Leaving Certificate Examination, 1916
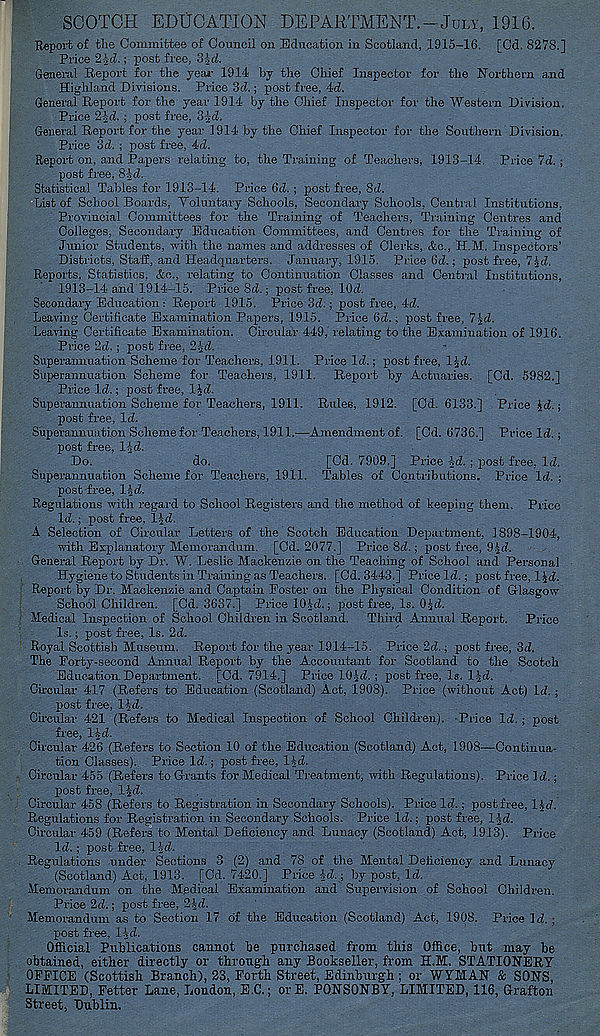
SCOTCH EDUCATION DEPARTMENT.-July, 1916.
Report of the Committee of Council on Education in Scotland, 1915-16. [Cd. 8278.]
Price 2i|d.; post free, Srl-d.
General Report for the year 1914 by the Chief Inspector for the Northern and
Highland Divisions. Pi-ice 3d.; post free, 4d.
General Report for the year 1914 by the Chief Inspector for the Western Division.
Price 2jd. ; post free, S-Jd.
General Report for the year 1914 by the Chief Inspector for the Southern Division.
Price 3d. ; post free, 4d.
Report on, and Papers relating to, the Training of Teachers, 1913-14. Price 7d. ;
post free, 8|d.
Statistical Tables for 1913-14. Price 6d.; post free, 8d.
List of School Boards, Toluntary Schools, Secondary Schools, Central Institutions,
Provincial Committees for the Training of Teachers, Training Centres and
Colleges, Secondary Education Committees, and Centres for the Training of
Junior Students, with the names and addresses of Clerks, &c., H.M. Inspectors’
Districts, StaS, and Headquarters. January, 1915. Price 6d.; post free, 7|d.
Reports, Statistics, &c., relating to Continuation Classes and Central Institutions,
1913-14 and 1914-15. Price 8d.; post free, lOd.
Secondary Education : Report 1915. Price 3d.; post free, 4d.
Leaving Certificate Examination Papers, 1915. Price 6d.; post free, 71d.
Leaving Certificate Examination. Circular 449, relating to the Examination of 1916.
Price 2d. ; post free, 2id.
Superannuation Scheme for Teachers, 1911. Price Id.; post free, l^d.
Superannuation Scheme for Teachers, 1911. Report by Actuaries. [Cd. 5982.]
Price Id.; post free, 1 Jd.
Superannuation Scheme for Teachers, 1911. Rules, 1912. [Cd. 6133.] Price \d.;
post free, Id.
Superannuation Scheme for Teachers, 1911.—Amendment of. [Cd. 6736.] Pi-ice Id. ;
post free, l-^d.
Do.
do.
[Cd. 7909.] Price -id. ; post free, Id.
Superannuation Scheme for Teachers, 1911. Tables of Contributions. Price Id. ;
post free, IJd.
Regulations with regard to School Registers and the method of keeping them. Price
Id.; post free, lid.
A Selection of Circular Letters of the Scotch Education Department, 1898-1904,
with Explanatory Memorandum. [Cd. 2077.] Price 8d.; post free, 9id.
General Report by Dr. W. Leslie Mackenzie on the Teaching of School and Personal
Hygiene to Students in Training as Teachers. [Cd. 3443.] Price Id.; post free, lid.
Report by Dr. Mackenzie and Captain Poster on the Physical Condition of Glasgow
SchoolChildren. [Cd. 3637.] Price 10|d.; post free, Is. O^d.
Medical Inspection of School Children in Scotland. Third Annual Report. Price
Is.; post free. Is. 2d.
Royal Scottish Museum. Report for the year 1914-15. Price 2d.; post free, 3d.
The Porty-second Annual Report by the Accountant for Scotland to the Scotch
Education. Department. [Cd. 7914.] Price 10^d. ; post free, Is. l-|d.
Circular 417 (Refers to Education (Scotland) Act, 1908). Price (without Act) Id.;
post free, lid.
Circular 421 (Refers to Medical Inspection of School Children). Price Id. ; post
free, 1-id.
Circular 426 (Refers to Section 10 of the Education (Scotland) Act, 1908—Continua-
tion Classes).. Price Id.; post free, lid.
Circular 455 (Refers to Grants for Medical Treatment, with Regulations). Price Id.;
post free, lid.
Circular 458 (Refers to Registration in Secondary Schools). Price Id.; post free, lid.
Regulations for Registration in Secondary Schools. Price Id.; post free, lid.
Circular 459 (Refers to Mental Deficiency and Lunacy (Scotland) Act, 1913). Price
Id.; post free, lid.
Regulations under Sections 3 (2) and 78 of the Mental Deficiency and Lunacy
(Scotland) Act, 1913. [Od. 7420.] Price id.; by post, Id.
Memorandum on the Medical Examination and Supervision of School Children.
Price 2d.; post free, 2id.
Memorandum as to Section 17 o'f the Education (Scotland) Act, 1908. Price Id.;
post free. lid.
Official Publications cannot be purchased from this Office, but may he
obtained, either directly or through any Bookseller, from H.M. STATIONERY
OFFICE (Scottish Branch), 23, Forth Street, Edinburgh ; or WYMAN & SONS,
LIMITED, Fetter Lane, London, E.C.; orE. P0NS0NBY, LIMITED, 116, Grafton
Street, Dublin.